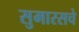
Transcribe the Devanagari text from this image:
सुमारसचे